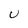
Character: U